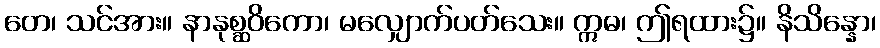
တေ၊ သင်အား။ နာနုစ္ဆဝိကော၊ မလျှောက်ပတ်သေး။ ဣဓ၊ ဤရထား၌။ နိသိန္နော၊